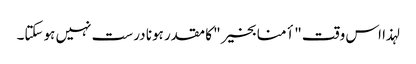
لہذا اس وقت "أمنا بخیر" کا مقدر ہونا درست نہیں ہوسکتا۔